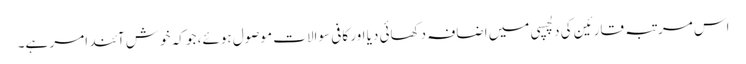
اس مرتبہ قارئین کی دلچسپی میں اضافہ دکھائی دیا اور کافی سوالات موصول ہوئے، جو کہ خوش آئند امر ہے۔